Assam Mental Hospital (Tezpur, India) - 1933-1948
Year: 1933
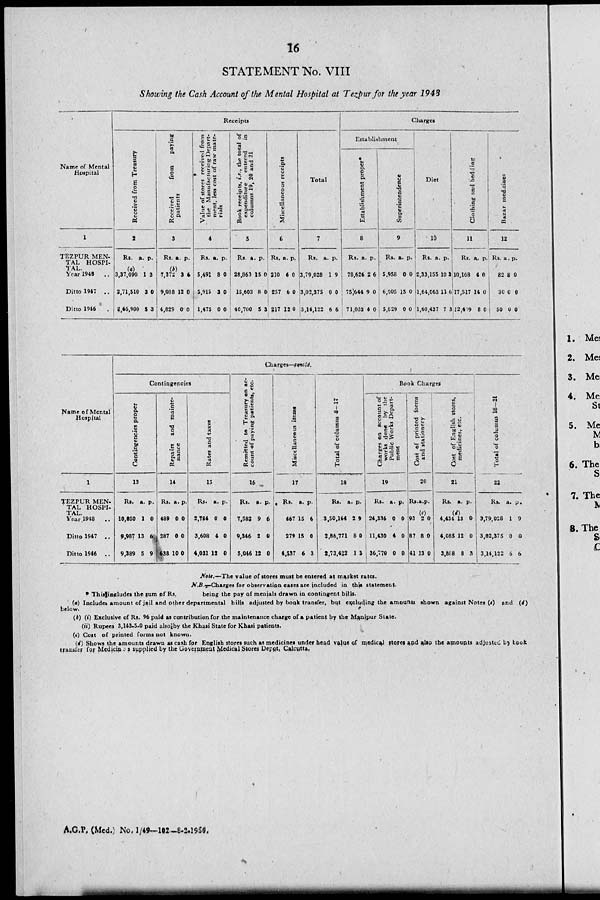
16
STATEMENT No. VIII
Showing the Cash Account of the Mental Hospital at Tezpur for the year 1943
Name of Mental
Hospital
1
TEZPUR MEN-
TAL HOSPI-
TAL.
Year 1948 ..
Ditto 1947 ..
Ditto 1946 ..
Receipts
Received from Treasury
2
Rs.
(a)
3,37,090
2,71,510
2,66,900
a.
1
3
5
p.
3
0
3
Received
from
paying
patients
3
Rs.
(b)
7,372
9,088
4,829
a.
3
12
0
p.
6
0
0
Value of stores received from
the Manufacturing Depart-
ment, less cost of raw mate-
rials
4
Rs.
5,491
5,915
1,475
a.
8
3
0
p.
0
0
0
Book receipts, i.e., the total of
expenditure
entered
in
columns 19, 20 and 21
5
Rs.
28,863
15,603
40,700
a.
15
8
5
p.
0
0
3
Miscellaneous receipts
6
Rs.
210
257
217
a.
6
6
12
p.
0
0
0
Total
7
Rs.
3,79,028
3,02,375
3,14,122
a.
1
0
6
p.
9
0
6
Charges
Establishment
Establishment proper*
8
Rs.
78,624
75,644
71,032
a.
2
9
4
p.
6
0
0
Superintendence
9
Rs.
5,958
6,005
5,829
a.
0
15
0
p.
0
0
0
Diet
10
Rs.
2,33,155
1,64,063
1,60,437
a.
10
11
7
p.
3
6
3
Clothing and bedding
11
Rs.
10,168
17,517
12,419
a.
4
14
8
p.
0
0
0
Bazar medicines
12
Rs.
82
30
50
a.
8
0
0
p.
0
0
0
Name of Mental
Hospital
1
TEZPUR MEN-
TAL HOSPI¬
TAL.
Year 1948
..
Ditto 1947 ..
Ditto 1946 ..
Charges—concld.
Contingencies
Contingencies proper
13
Rs.
10,850
9,987
9,389
a.
1
13
5
p.
0
6
9
Repairs and mainte-
nance
14
Rs.
489
287
38
a.
0
0
10
p.
0
0
0
Rates and taxes
15
Rs.
2,784
3,608
4,031
a.
0
4
12
p.
0
0
0
Remitted to Treasury an ac-
count of paying patients, etc.
16
Rs.
7,582
9,346
5,046
a.
9
2
12
p.
0
0
0
Miscellaneous items
17
Rs.
467
279
4,537
a.
15
15
6
p.
6
0
3
Total of columns 8-17
18
Rs.
3,50,164
2,86,771
2,73,422
a.
2
8
1
p.
9
0
3
Book Charges
Changes on account of
works done by the
Public Works Depart-
ment
19
Rs.
24,336
11,430
36,770
a.
0
4
0
p.
0
0
0
Cost of printed forms
and stationery
20
Rs.
(c)
93
87
41
a.
2
8
13
p.
0
0
0
Cost of English stores,
medicines, etc.
21
Rs.
(d)
4,434
4,085
3,888
a.
13
12
6
p.
0
0
3
Total of columns 18—21
22
Rs.
3,79,028
3,02,375
3,14,122
a.
1
0
6
p.
9
0
6
Note.—The value of stores must be entered at market rates.
N.B.—Charges for observation cases are included in this statement.
* This includes the sum of
Rs.
being the pay of menials drawn in contingent bills.
(a) Includes amount of jail and other departmental bills adjusted by book transfer, but excluding the amounts shown against Notes (c) and (d)
below.
(b) (i) Exclusive of Rs. 96 paid as contribution for the maintenance charge of a patient by the Manipur State.
(ii) Rupees 3,143-5-0 paid also by the Khasi State for Khasi patients.
(c) Cost of printed forms not known.
(d) Shows the amounts drawn as cash for English stores such as medicines under head value of medical stores and also the amounts adjusted by book
transfer for Medicines supplied by the Government Medical Stores Depot, Calcutta.
A.G.P. (Med.) No. 1/49—102 —8-2-1950.